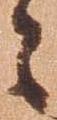
々